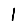
Digit: 1